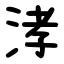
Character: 涍